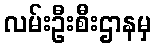
လမ်းဦးစီးဌာနမှ